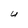
Character: U